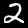
Label: 2